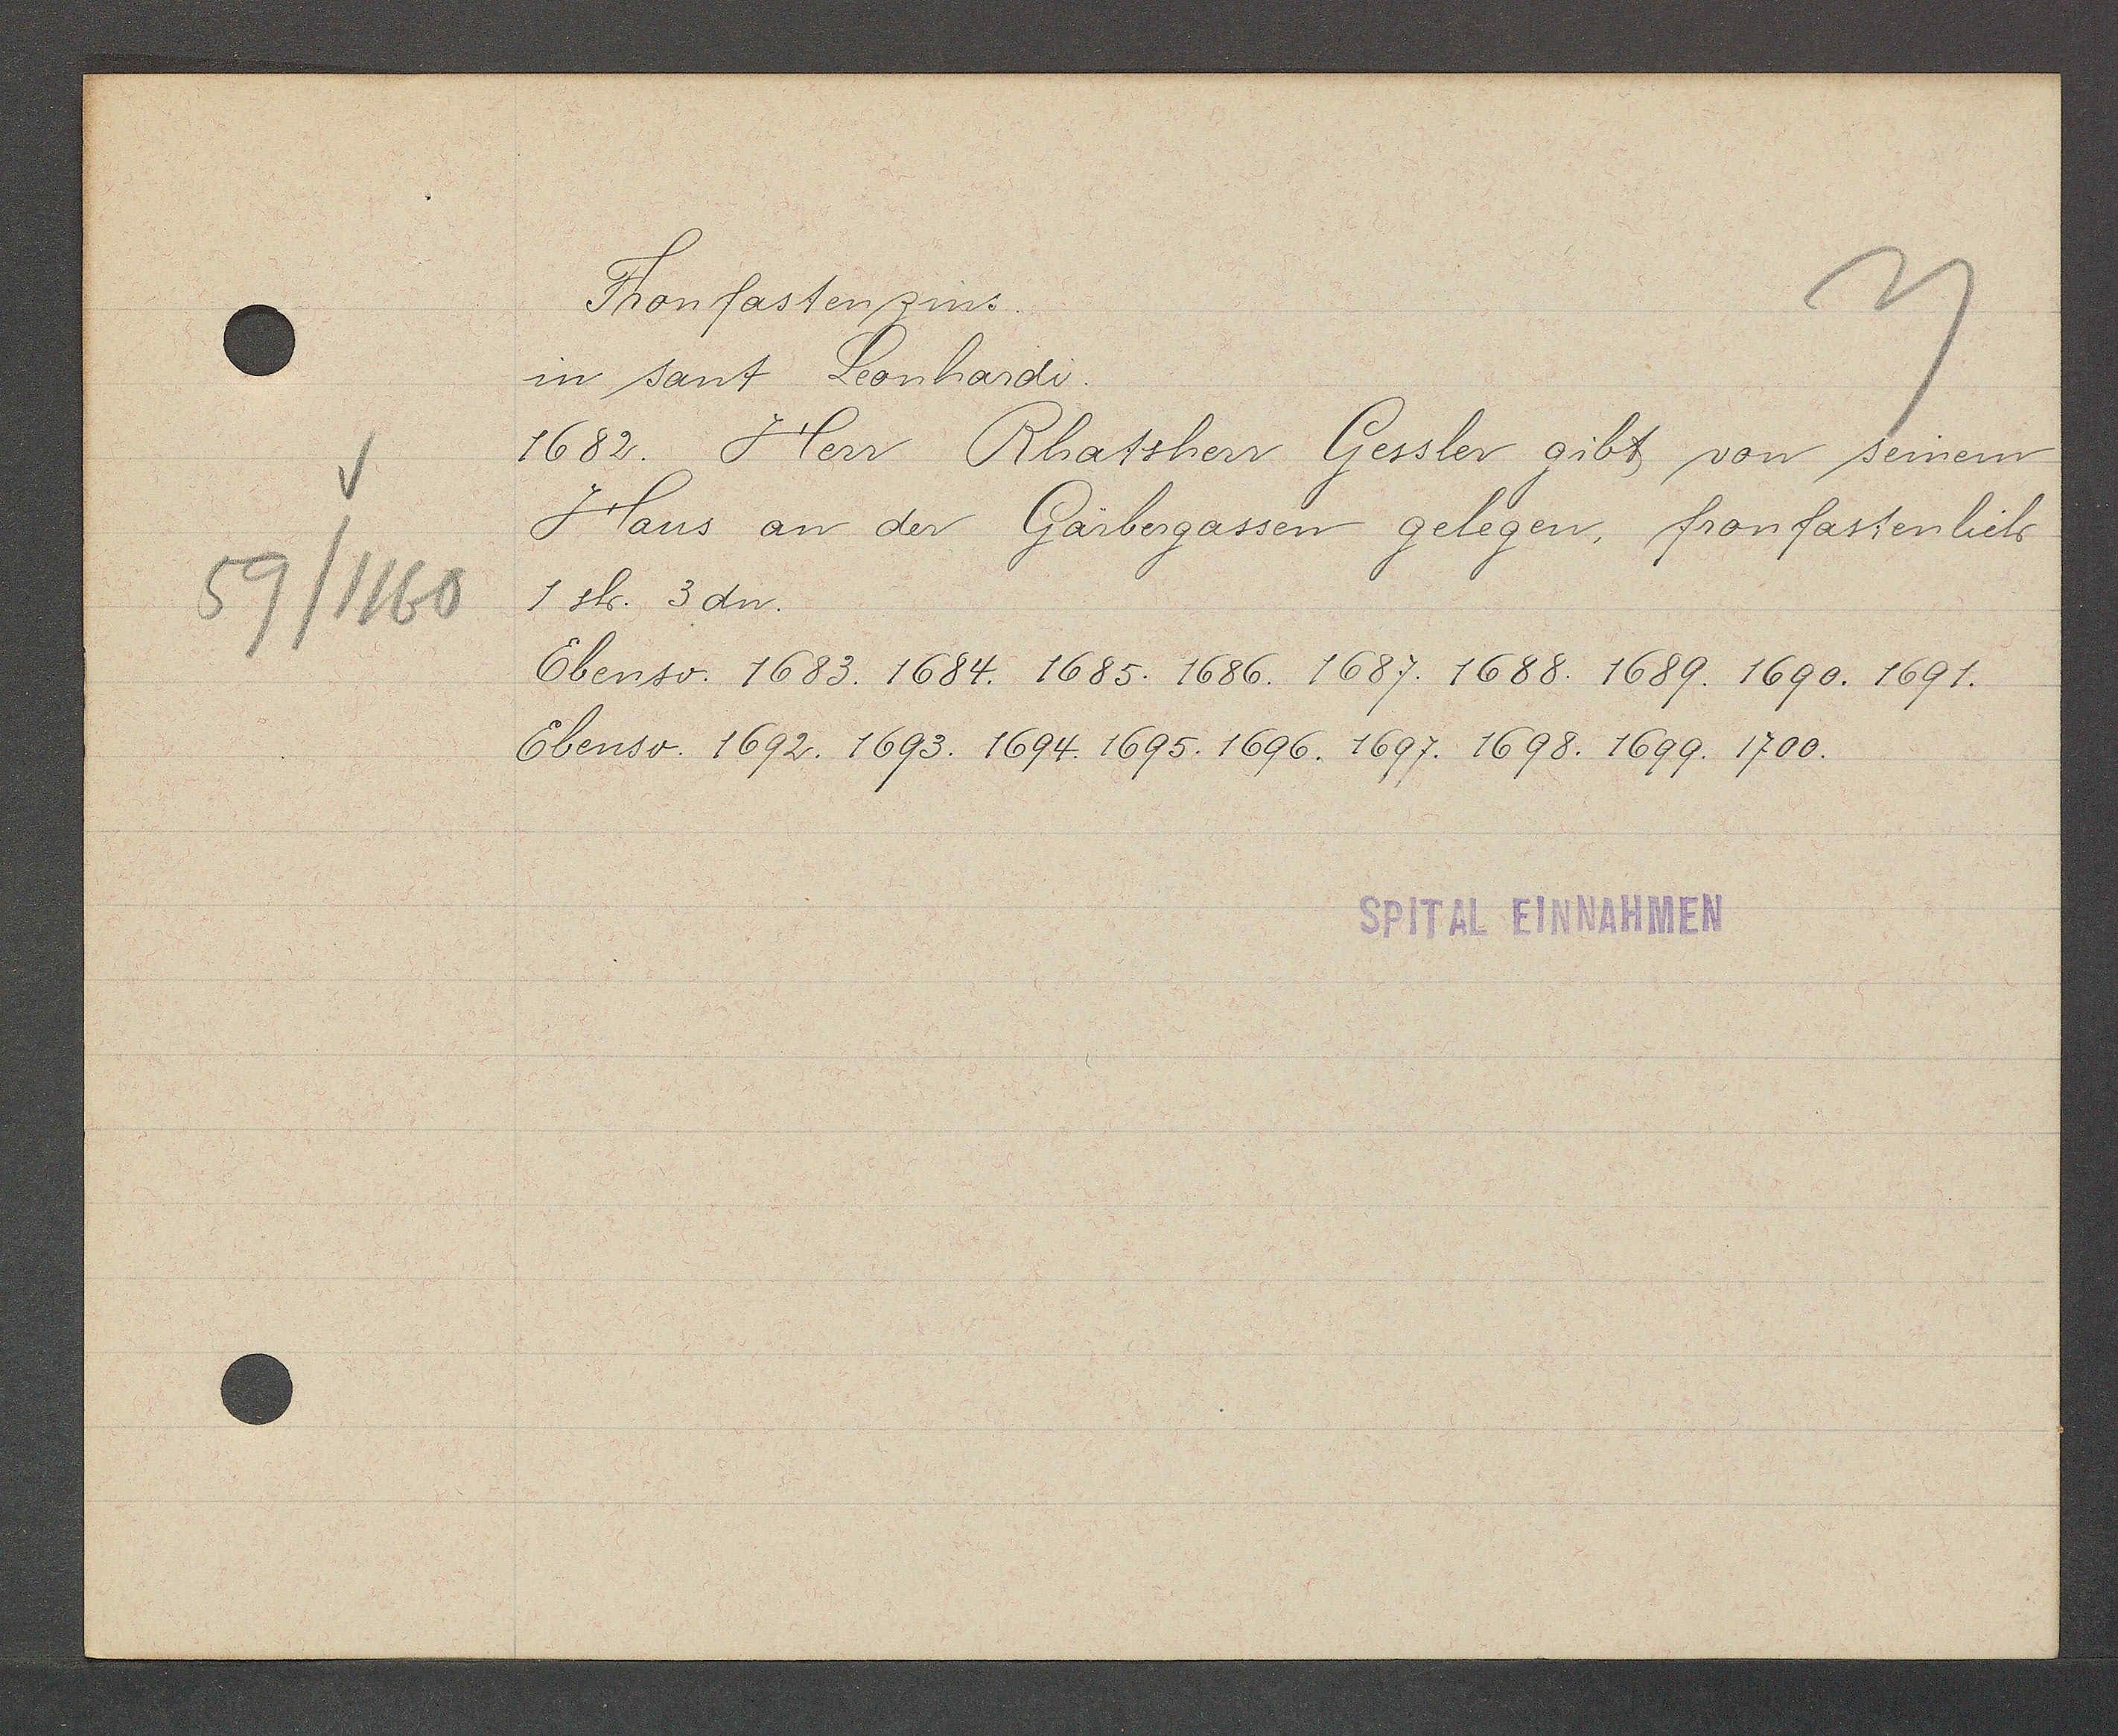
Transcript:
59/1160

Fronfastenzins.

in sant Leonhardi.
1682. Herr Rhatsherr Gessler gibt von seinem
Haus an der Gärbergassen gelegen, fronfastenlich
1 sh. 3 dn.
Ebenso. 1683. 1684. 1685. 1686. 1687. 1688. 1689. 1690. 1691.
Ebenso. 1692. 1693. 1694. 1695. 1696. 1697. 1698. 1699. 1700.

SPITAL EINNAHMEN